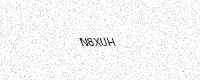
Text: N8XUH